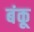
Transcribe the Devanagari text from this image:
बंकू